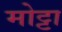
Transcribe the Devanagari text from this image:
मोट्टा